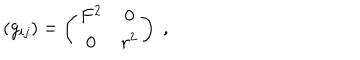
( g _ { i j } ) = \left( \begin{array} { c c } { { F ^ { 2 } } } & { { 0 } } \\ { { 0 } } & { { r ^ { 2 } } } \\ \end{array} \right) \; ,